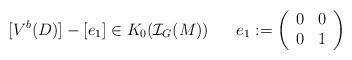
LaTeX: \begin{align*} [V^b (D)]-[e_1] \in K_0 (\mathcal{I}_G (M))\;\;\;\;\;\;e_1:=\left( \begin{array}{cc} 0 & 0 \\ 0&1\end{array} \right)\end{align*}